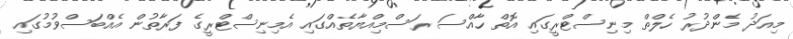
މިއަދު މެންދުރު ހެލްތް މިނިސްޓްރީގައި އޮތް ހާއްސަ ރަސްމިއްޔާތެއްގައި އެމިނިސްޓްރީގެ ފަރާތުން އެއްބަސްވުމުގައި